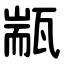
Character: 㼷